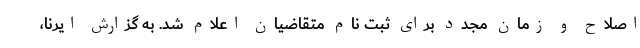
اصلاح و زمان مجدد برای ثبت نام متقاضیان اعلام شد. به گزارش ایرنا،